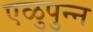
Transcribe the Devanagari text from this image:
एळुपुन्न